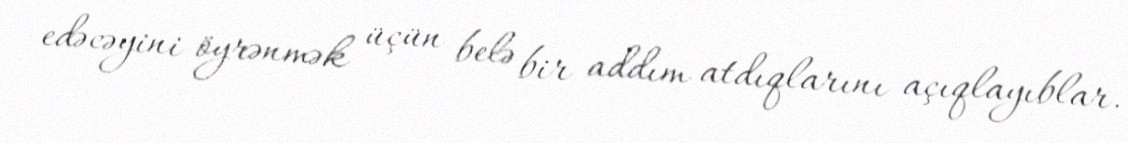
edəcəyini öyrənmək üçün belə bir addım atdıqlarını açıqlayıblar.